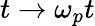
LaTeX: t\rightarrow\omega_{p}t